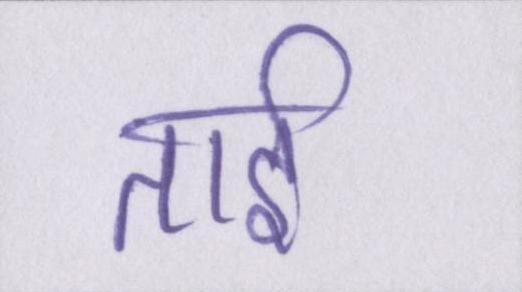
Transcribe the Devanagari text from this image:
ताई